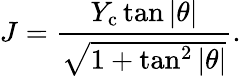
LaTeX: J=\frac{Y_{\mathrm{c}}\tan|\theta|}{\sqrt{1+\tan^{2}|\theta|}}.